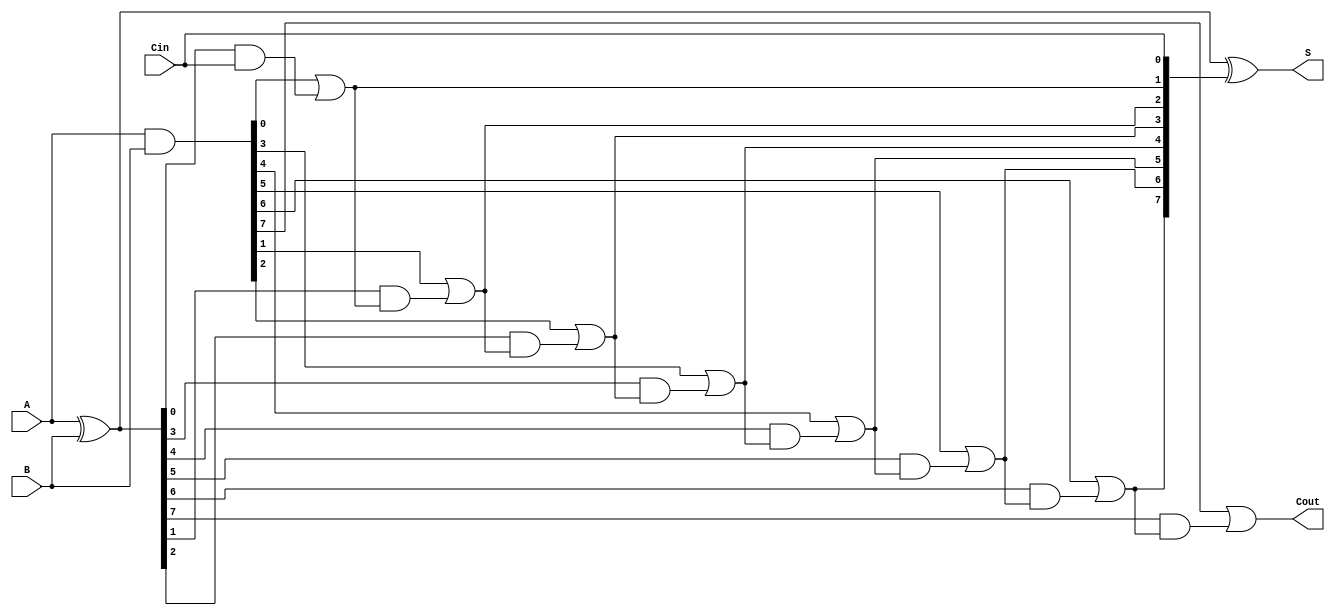
module brent_kung_adder #(
    parameter N = 8 // Number of bits
)(
    input  [N-1:0] A,   // First n-bit input
    input  [N-1:0] B,   // Second n-bit input
    input          Cin,  // Carry input
    output [N-1:0] S,    // n-bit sum output
    output         Cout   // Carry output
);

    // Generate and propagate signals
    wire [N-1:0] P; // Propagate
    wire [N-1:0] G; // Generate
    wire [N:0] C;   // Carry signals

    // Initial Propagate and Generate calculation
    assign P = A ^ B; // Propagate
    assign G = A & B; // Generate

    // Carry generation (Brent-Kung)
    assign C[0] = Cin; // Initial carry input
    genvar i, j;
    
    // Stage 1
    assign C[1] = G[0] | (P[0] & C[0]);

    // Subsequent stages
    generate
        for (i = 1; i < N; i = i + 1) begin : carry_gen
            assign C[i+1] = G[i] | (P[i] & C[i]);
        end
    endgenerate

    // Final carry-out
    assign Cout = C[N];

    // Sum calculation
    assign S = P ^ {C[N-1:0]};

endmodule